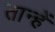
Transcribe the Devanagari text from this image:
तान्हें